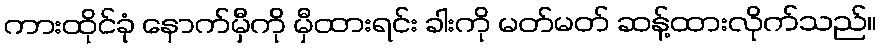
ကားထိုင်ခုံ နောက်မှီကို မှီထားရင်း ခါးကို မတ်မတ် ဆန့်ထားလိုက်သည်။